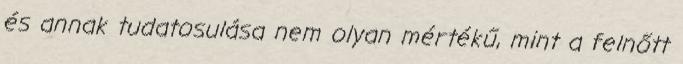
és annak tudatosulása nem olyan mértékű, mint a felnőtt